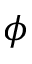
\phi